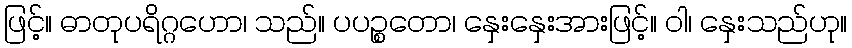
ဖြင့်။ ဓာတုပရိဂ္ဂဟော၊ သည်။ ပပဉ္စတော၊ နှေးနှေးအားဖြင့်။ ဝါ၊ နှေးသည်ဟု။